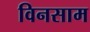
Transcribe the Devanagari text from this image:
विनसाम